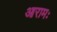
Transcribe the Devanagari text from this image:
आरामः